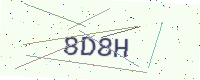
Text: 8D8H